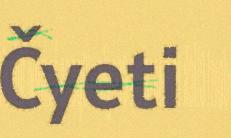
Čyeti